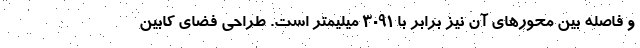
و فاصله بین محورهای آن نیز برابر با 3091 میلیمتر است. طراحی فضای کابین